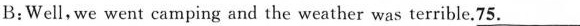
B:Well, we went camping and the weather was terrible.75___.